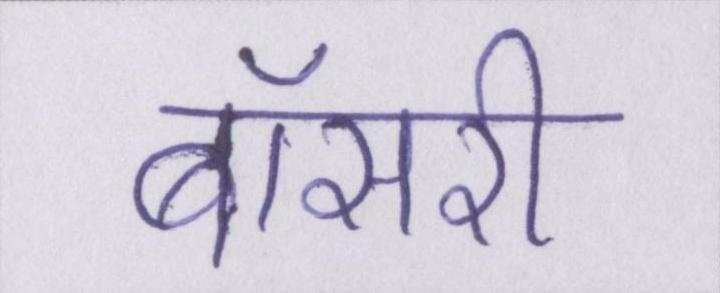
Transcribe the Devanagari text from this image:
बॉसरी